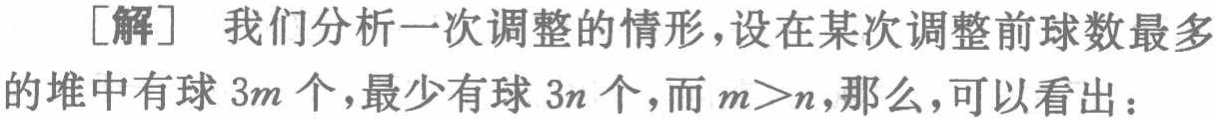
[解] 我们分析一次调整的情形，设在某次调整前球数最多的堆中有球 \(3m\) 个，最少有球 \(3n\) 个，而 \(m > n\)，那么，可以看出：